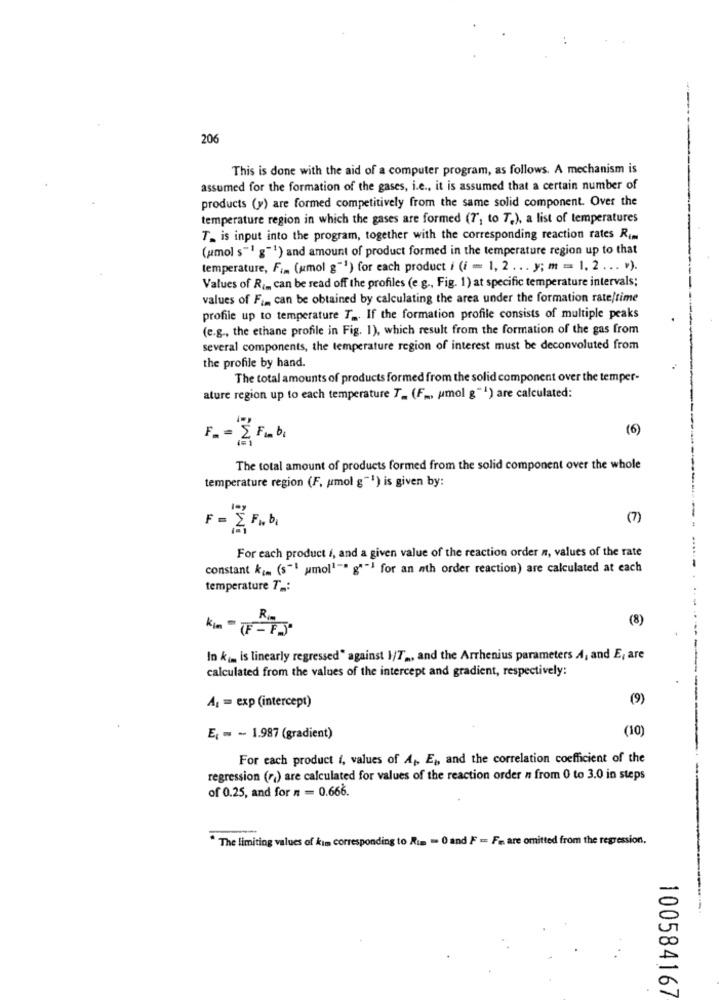
206
This is done with the aid of a computer program, as follows. A mechanism is
assumed for the formation of the gases, i.e ., it is assumed that a certain number of
products (y) are formed competitively from the same solid component. Over the
temperature region in which the gases are formed (7", to T.), a list of temperatures
T_ is input into the program, together with the corresponding reaction rates Rim
(amol s"1 g"') and amount of product formed in the temperature region up to that
temperature, Fim (umol g"") for each product i (i = 1, 2 ... y; m = 1. 2 ... . ).
Values of Ram can be read off the profiles (e.g ., Fig. 1) at specific temperature intervals;
values of Fim can be obtained by calculating the area under the formation rate/time
profile up to temperature T2. If the formation profile consists of multiple peaks
(e.g ., the ethane profile in Fig. 1), which result from the formation of the gas from
several components, the temperature region of interest must be deconvoluted from
the profile by hand.
The total amounts of products formed from the solid component over the temper-
ature region up to each temperature T_ (F .., umol g"1) are calculated:
(6)
F= = & Fb,
The total amount of products formed from the solid component over the whole
temperature region (F, umol g"1) is given by:
(7)
For each product i, and a given value of the reaction order n, values of the rate
constant k. (s"1 umol'"" g""} for an wth order reaction) are calculated at each
temperature T .:
(8)
Kim -F -F)
In k(m is linearly regressed" against 1/72, and the Arrhenius parameters A, and E; are
calculated from the values of the intercept and gradient, respectively:
(9)
A¡ = exp (intercept)
(10)
E; = - 1.987 (gradient)
For each product i, values of A ,, E ,, and the correlation coefficient of the
regression (ra) are calculated for values of the reaction order n from 0 to 3.0 in steps
of 0.25, and for n = 0.666.
" The limiting values of kim corresponding to Rim . 0 and F == F= are omitted from the regression.
100584167